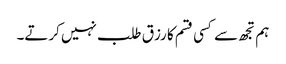
ہم تجھ سے کسی قسم کا رزق طلب نہیں کرتے۔